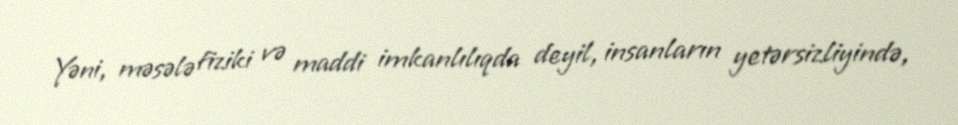
Yəni, məsələ fiziki və maddi imkanlılıqda deyil, insanların yetərsizliyində,